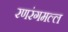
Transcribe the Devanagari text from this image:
रणरंगमल्ल